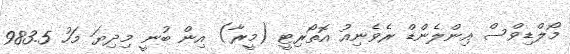
މޯލްޑިވްސް އިންލެންޑް ރެވެނިއު އޮތޯރިޓީ (މީރާ) އިން ބުނީ މިދިޔަ މަހު 983.5